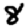
Digit: 8